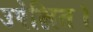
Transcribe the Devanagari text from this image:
उपेक्षित।